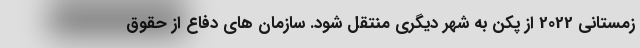
زمستانی 2022 از پکن به شهر دیگری منتقل شود. سازمان های دفاع از حقوق